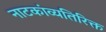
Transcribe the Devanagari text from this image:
नाटकांव्यतिरिक्त